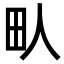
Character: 㽗